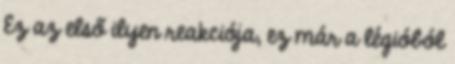
Ez az első ilyen reakciója, ez már a légióból